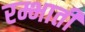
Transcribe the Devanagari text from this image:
रम्भाती